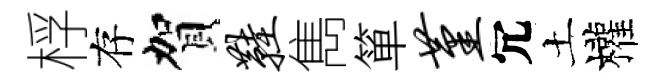
桴存賀鞋雋箪堇冗土權